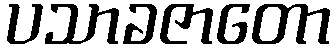
ပသာခဇာတော